Lock hospitals Punjab
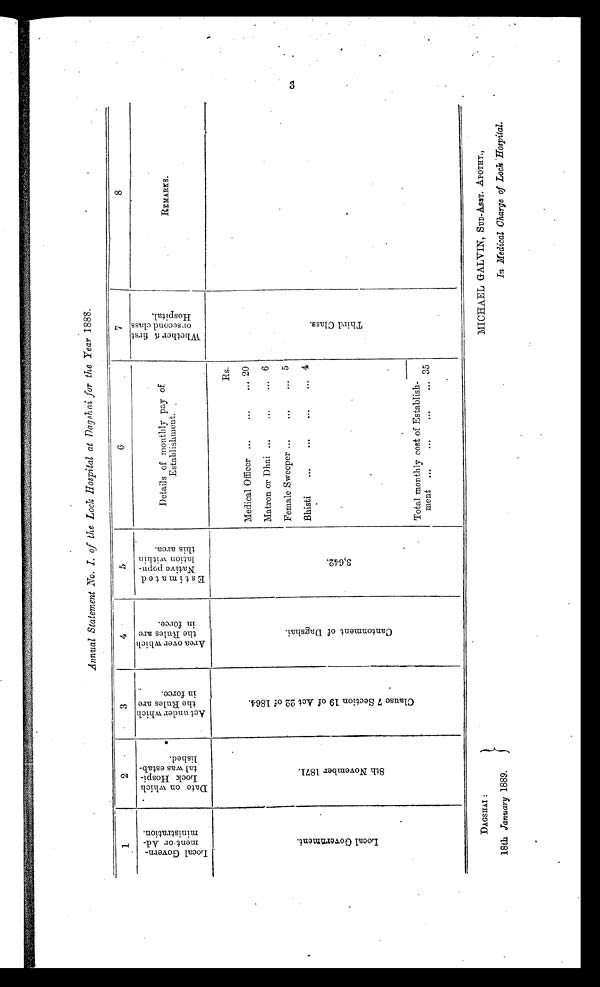
DAGSHAI :
18th January 1889.
MICHAEL GALVIN, SUB-ASST. APOTHY.,
Annual Statement No. I. of the Lock Hospital at Dagshai for the Year 1888.
1
2
3
4
5
6
7
8
L o c a l G o v e r n m e n t o r A d m i n i s t r a t i o n .
D a t e o n w h i c h L o c a l H o s p i t a l w a s e s t a b l i s h e d .
A c t u n d e r w h i c h t h e R u l e s a r e i n f o r c e .
A r e a o v e r w h i c h t h e R u l e s a r e i n f o r c e .
E s t i m a t e d N a t i v e p o p u l a t i o n w i t h i n t h i s a r e a .
Details of monthly pay of
Establishment.
W h o t h e r a f i r s t o r s e c o n d c l a s s H o s p i t a l .
REMARKS.
L o c a l G o v e r n m e n t .
8 t h N o v e m b e r 1 8 7 1 .
C l a u s e 7 S e c t i o n 1 9 o f A c t 2 2 o f 1 8 6 4 .
C a n t o n m e n t o f D a g s h a i .
3 , 6 4 2 .
Rs.
T h i r d C l a s s
Medical Officer ...
...
... 20
Matron or Dhai ...
...
... 6
Female Sweeper ...
...
. . .
5
Bhisti
...
...
. . .
. . . 4
.
Total monthly cost of Establish-
ment
...
...
...
..
3 5